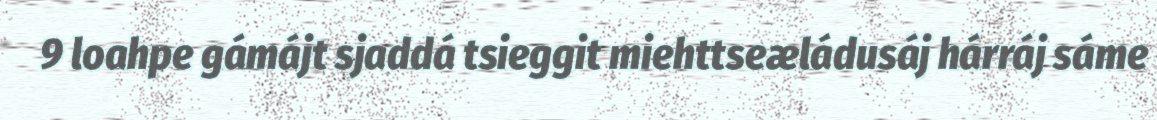
9 loahpe gámájt sjaddá tsieggit miehttseæládusáj hárráj sáme